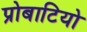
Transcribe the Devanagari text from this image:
प्रोबाटियो